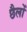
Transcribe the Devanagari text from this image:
छैलों